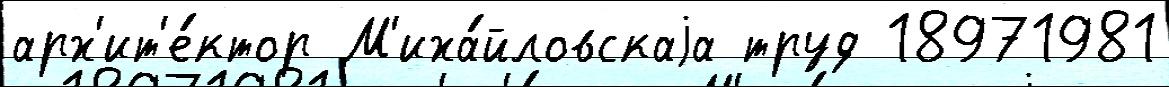
арх'ит'е́ктор М'иха́йловскаjа труд 18971981